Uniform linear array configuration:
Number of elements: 8
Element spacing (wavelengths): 0.25
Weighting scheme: blackman
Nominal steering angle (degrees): -45
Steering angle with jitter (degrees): -46.256
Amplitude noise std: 0.05
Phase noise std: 0.05

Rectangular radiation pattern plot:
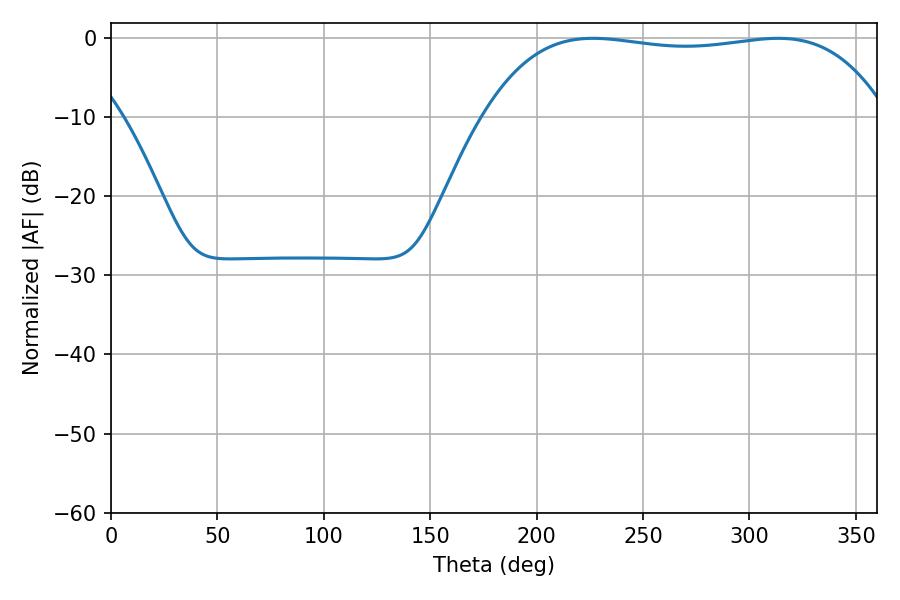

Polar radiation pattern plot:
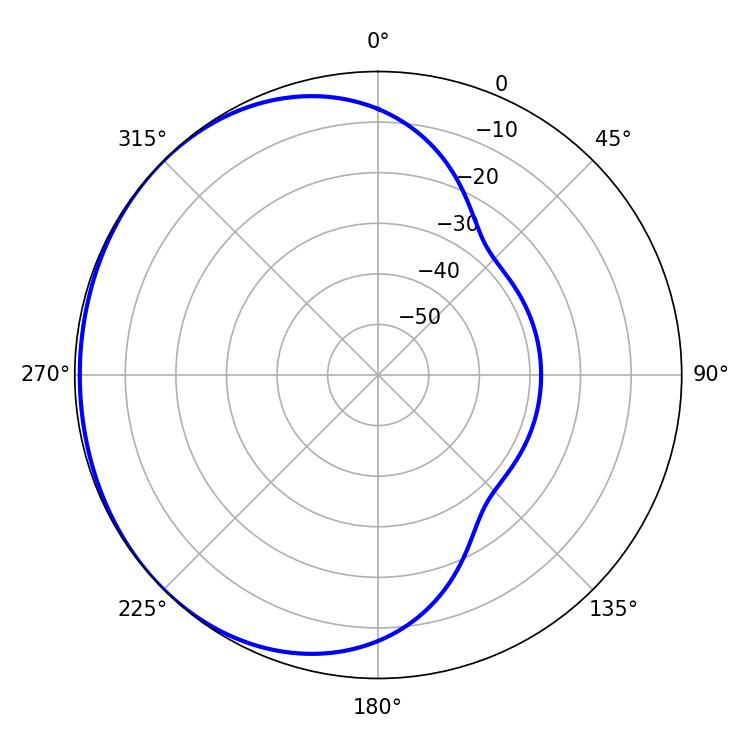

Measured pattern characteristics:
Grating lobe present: FALSE
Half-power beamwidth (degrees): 150.12
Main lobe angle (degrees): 226.44